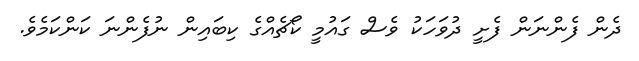
ދެން ފެންނަން ފެށީ ދުވަހަކު ވެސް ގައުމީ ކޯޗެއްގެ ކިބައިން ނުފެންނަ ކަންކަމެވެ.